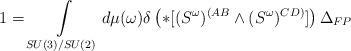
LaTeX: \begin{align*}1= \int \limits_{SU(3)/SU(2)}d \mu (\omega ) \delta \left( * [(S^{\omega })^{(AB} \wedge ( S^{\omega })^{CD)}] \right) \Delta _{FP}\end{align*}